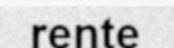
rente